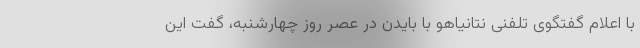
با اعلام گفتگوی تلفنی نتانیاهو با بایدن در عصر روز چهارشنبه، گفت این